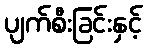
ပျက်စီးခြင်းနှင့်